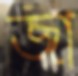
জা